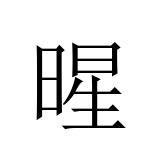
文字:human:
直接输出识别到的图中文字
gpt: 暒